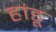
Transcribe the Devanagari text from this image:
हांडू